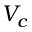
V _ { c }